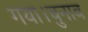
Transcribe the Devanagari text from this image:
गया।चुनाव